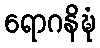
ရောဂနိဍ္ဎံ